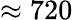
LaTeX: \approx 720